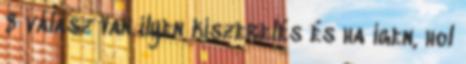
8 válasz Van ilyen kiszerelés és ha igen, hol